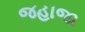
જહાજા